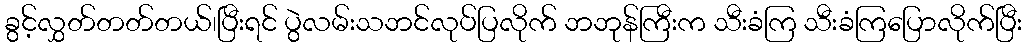
ခွင့်လွှတ်တတ်တယ်၊ပြီးရင် ပွဲလမ်းသဘင်လုပ်ပြလိုက် ဘဘုန်ကြီးက သီးခံကြ သီးခံကြပြောလိုက်ပြီး